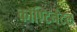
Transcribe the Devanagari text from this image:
कॉण्टिनेंटल